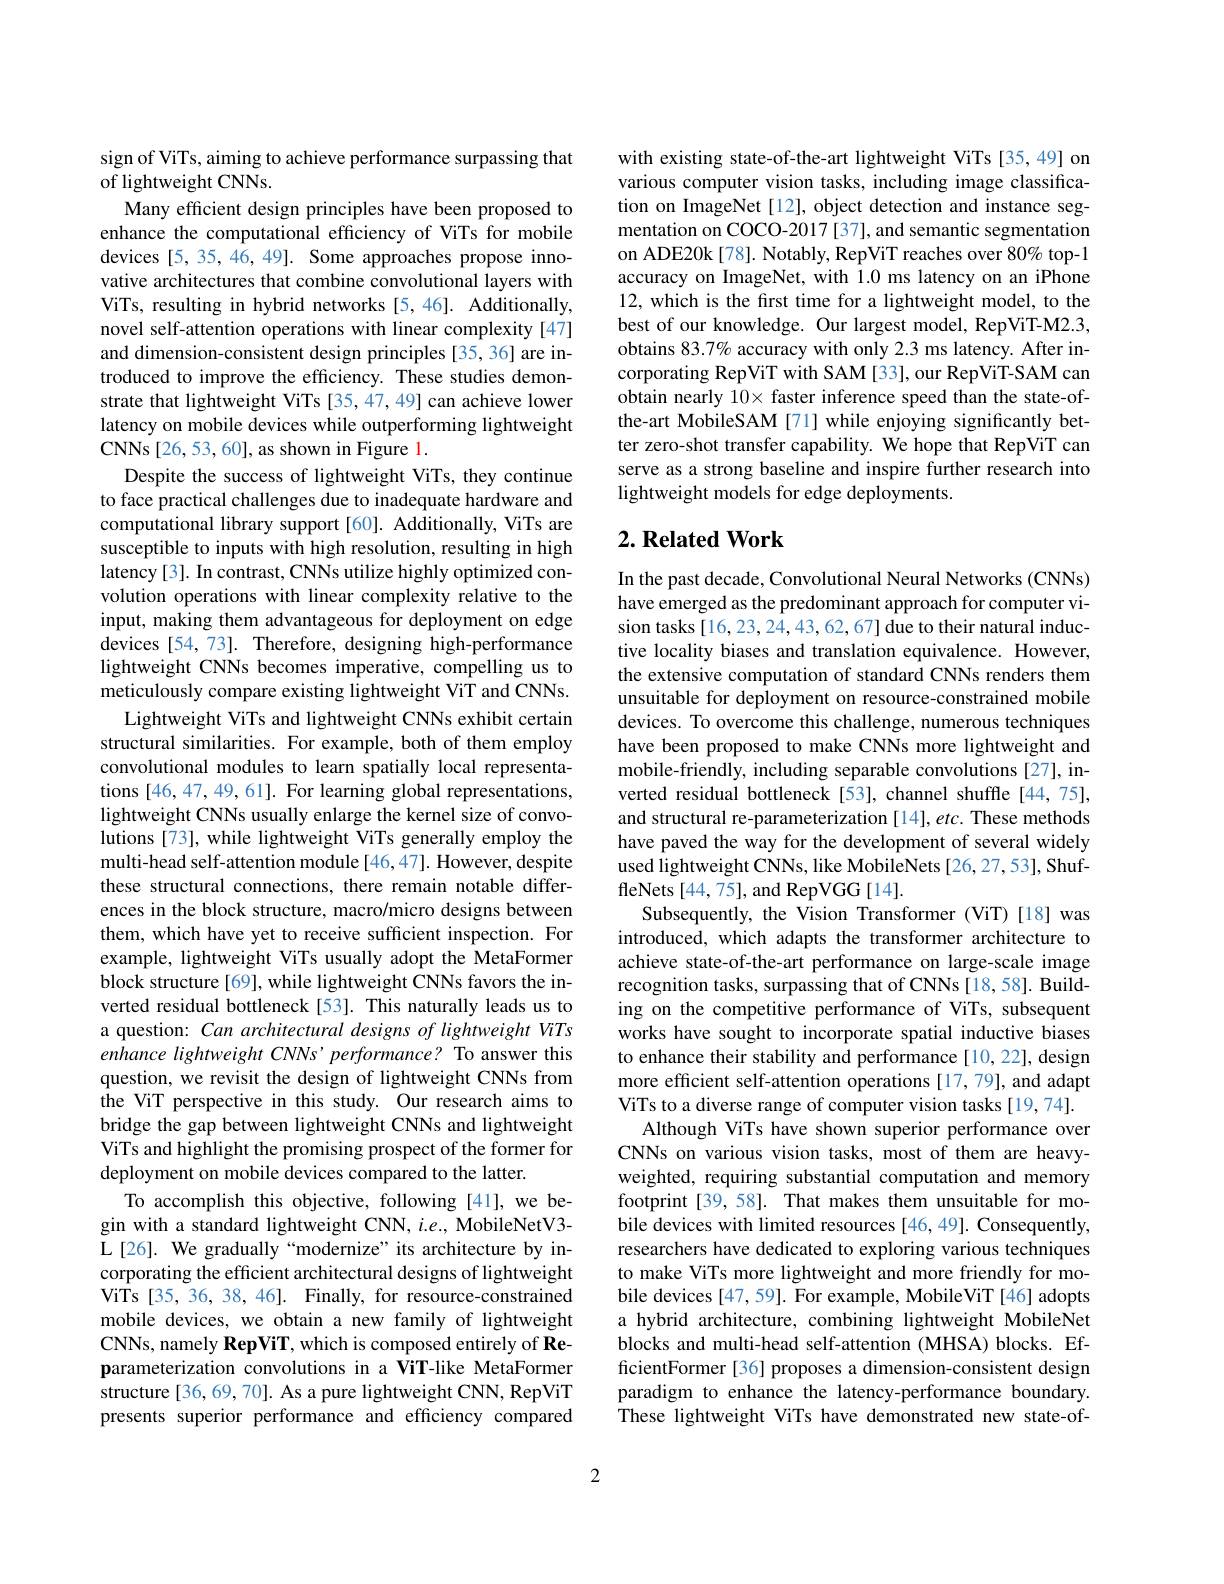
sign of ViTs, aiming to achieve performance surpassing that
of lightweight CNNs.
Many efficient design principles have been proposed to enhance the computational efficiency of ViTs for mobile devices [5,35,46,49]. Some approaches propose innovative architectures that combine convolutional layers with ViTs, resulting in hybrid networks [5,46]. Additionally, novel self-attention operations with linear complexity [47] and dimension-consistent design principles [35,36] are introduced to improve the efficiency. These studies demonstrate that lightweight ViTs [35,47,49] can achieve lower latency on mobile devices while outperforming lightweight CNNs[26,53,60], as shown in Figure 1.
Despite the success of lightweight ViTs, they continue to face practical challenges due to inadequate hardware and computational library support[60]. Additionally, ViTs are susceptible to inputs with high resolution, resulting in high latency [3]. In contrast, CNNs utilize highly optimized convolution operations with linear complexity relative to the input, making them advantageous for deployment on edge devices [54,73]. Therefore, designing high-performance lightweight CNNs becomes imperative, compelling us to meticulously compare existing lightweight ViT and CNNs.
Lightweight ViTs and lightweight CNNs exhibit certain structural similarities. For example, both of them employ convolutional modules to learn spatially local representations [46,47,49,61]. For learning global representations, lightweight CNNs usually enlarge the kernel size of convolutions [73], while lightweight ViTs generally employ the multi-head self-attention module [46,47]. However, despite these structural connections, there remain notable differences in the block structure, macro/micro designs between them, which have yet to receive sufficient inspection. For example, lightweight ViTs usually adopt the MetaFormer block structure[69], while lightweight CNNs favors the inverted residual bottleneck [53]. This naturally leads us to a question: Can architectural designs of lightweight ViTs enhance lightweight CNNs'performance? To answer this question, we revisit the design of lightweight CNNs from the ViT perspective in this study. Our research aims to bridge the gap between lightweight CNNs and lightweight ViTs and highlight the promising prospect of the former for deployment on mobile devices compared to the latter.
To accomplish this objective, following [41], we begin with a standard lightweight CNN, $i.e.$, MobileNetV3- L[26]. We gradually“modernize”its architecture by incorporating the efficient architectural designs of lightweight ViTs [35, 36, 38, 46]. Finally, for resource-constrained mobile devices, we obtain a new family of lightweight CNNs, namely RepViT, which is composed entirely of Reparameterization convolutions in a ViT-like MetaFormer structure [36, 69, 70]. As a pure lightweight CNN, RepViT presents superior performance and efficiency compared

with existing state-of-the-art lightweight ViTs [35,49] on various computer vision tasks, including image classification on ImageNet[12], object detection and instance segmentation on COCO-2017 [37], and semantic segmentation on ADE20k[78]. Notably, RepViT reaches over 80% top-1 accuracy on ImageNet, with 1.0 ms latency on an iPhone 12, which is the first time for a lightweight model, to the best of our knowledge. Our largest model, RepViT-M2.3, obtains 83.7% accuracy with only 2.3 ms latency. After incorporating RepViT with SAM [33], our RepViT-SAM can obtain nearly 10× faster inference speed than the state-ofthe-art MobileSAM [71] while enjoying significantly better zero-shot transfer capability. We hope that RepViT can serve as a strong baseline and inspire further research into lightweight models for edge deployments.

## $2. \textbf{Related Work}$

In the past decade, Convolutional Neural Networks (CNNs) have emerged as the predominant approach for computer vision tasks [16, 23, 24, 43, 62, 67] due to their natural inductive locality biases and translation equivalence. However, the extensive computation of standard CNNs renders them unsuitable for deployment on resource-constrained mobile devices. To overcome this challenge, numerous techniques have been proposed to make CNNs more lightweight and mobile-friendly, including separable convolutions [27], inverted residual bottleneck[53], channel shuffle[44,75], and structural re-parameterization [14], etc. These methods have paved the way for the development of several widely used lightweight CNNs, like MobileNets [26,27,53], ShuffleNets [44,75], and RepVGG[14].
Subsequently, the Vision Transformer (ViT)[18] was introduced, which adapts the transformer architecture to achieve state-of-the-art performance on large-scale image recognition tasks, surpassing that of CNNs[18,58]. Building on the competitive performance of ViTs, subsequent works have sought to incorporate spatial inductive biases to enhance their stability and performance [10,22], design more efficient self-attention operations [17,79], and adapt ViTs to a diverse range of computer vision tasks [19,74].
Although ViTs have shown superior performance over CNNs on various vision tasks, most of them are heavyweighted, requiring substantial computation and memory footprint[39,58]. That makes them unsuitable for mobile devices with limited resources [46,49]. Consequently, researchers have dedicated to exploring various techniques to make ViTs more lightweight and more friendly for mobile devices [47,59]. For example, MobileViT [46] adopts a hybrid architecture, combining lightweight MobileNet blocks and multi-head self-attention (MHSA) blocks. EfficientFormer [36] proposes a dimension-consistent design paradigm to enhance the latency-performance boundary. These lightweight ViTs have demonstrated new state-of-

2